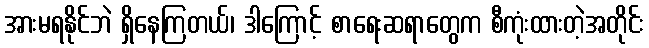
အားမရနိုင်ဘဲ ရှိနေကြတယ်၊ ဒါကြောင့် စာရေးဆရာတွေက စီကုံးထားတဲ့အတိုင်း